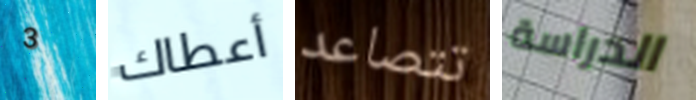
3 أعطاك تتصاعد الدراسة